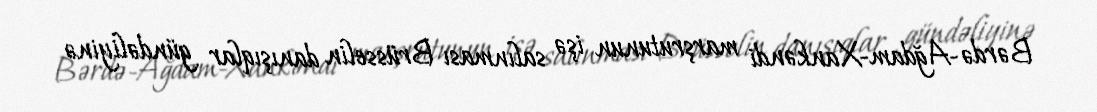
Bərdə-Ağdam-Xankəndi marşrutunun işə salınması Brüsselin danışıqlar gündəliyinə